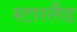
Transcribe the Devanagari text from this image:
स्टारलैंड